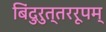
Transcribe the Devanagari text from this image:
बिंदुरुत्तररूपम्